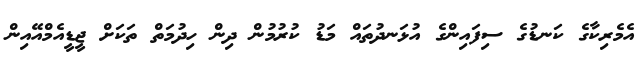
އެމެރިކާގެ ކަނޑުގެ ސިފައިންގެ އުޅަނދުތައް މަޑު ކުރުމުން ދިން ހިދުމަތް ތަކަށް ޖީޑީއެމްއޭއިން